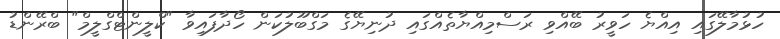
ހުޅުމާލޭގައި އިއްޔެ ހަވީރު ބޭއްވި ރަސްމިއްޔާތެއްގައި ދުނިޔޭގެ މަގްބޫލުކަން ހޯދާފައިވާ "ކްލީންޓްގްލީމް" ބްރޭންޑު